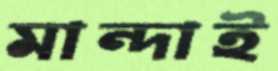
মান্দাই